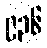
၉၃၆